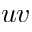
u v